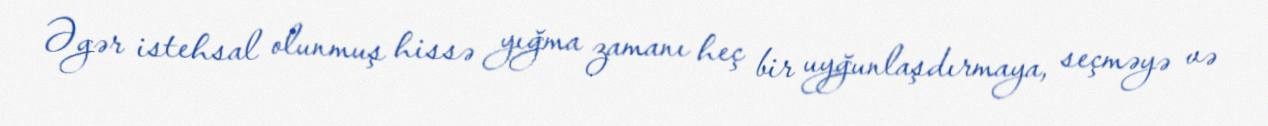
Əgər istehsal olunmuş hissə yığma zamanı heç bir uyğunlaşdırmaya, seçməyə və